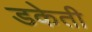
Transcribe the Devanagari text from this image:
डकेती